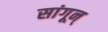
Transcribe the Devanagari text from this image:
सांगून्